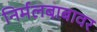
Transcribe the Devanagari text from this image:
निर्मलबाबावर